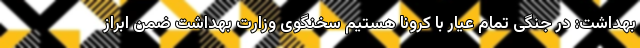
بهداشت: در جنگی تمام عیار با کرونا هستیم سخنگوی وزارت بهداشت ضمن ابراز